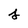
Character: j